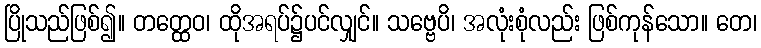
ပြိုသည်ဖြစ်၍။ တတ္ထေဝ၊ ထိုအရပ်၌ပင်လျှင်။ သဗ္ဗေပိ၊ အလုံးစုံလည်း ဖြစ်ကုန်သော။ တေ၊